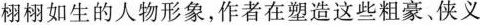
栩栩如生的人物形象，作者在塑造这些粗豪、侠义